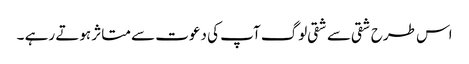
اس طرح شقی سے شقی لوگ آپ کی دعوت سے متاثر ہوتے رہے ۔